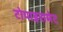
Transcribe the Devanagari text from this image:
टोपाइरामेट